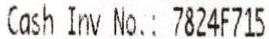
CASH INV NO.: 7824F715